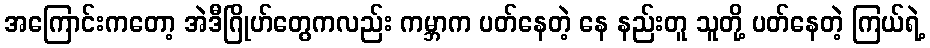
အကြောင်းကတော့ အဲဒီဂြိုဟ်တွေကလည်း ကမ္ဘာက ပတ်နေတဲ့ နေ နည်းတူ သူတို့ ပတ်နေတဲ့ ကြယ်ရဲ့